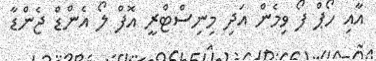
އާއި ހޯޕް ފޯ ވިމެން އަދި މިނިސްޓްރީ އޮފް ލޯ އެންޑް ޖެންޑާ